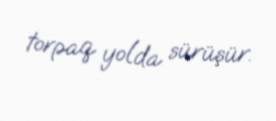
torpaq yolda sürüşür.